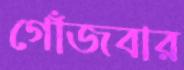
গোঁজবার